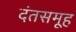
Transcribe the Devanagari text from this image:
दंतसमूह